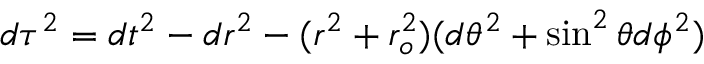
d \tau ^ { 2 } = d t ^ { 2 } - d r ^ { 2 } - ( r ^ { 2 } + r _ { o } ^ { 2 } ) ( d \theta ^ { 2 } + \sin ^ { 2 } \theta d \phi ^ { 2 } )